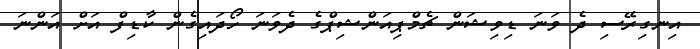
އިނގިރޭސި ދެ ވަނަ ޑިވިޝަން ޗެމްޕިއަންޝިޕްގެ ދެވަނަ ހޯދައިގެން ކާޑިފް އަށް އަންނަ